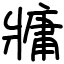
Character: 牅